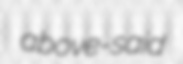
above-said